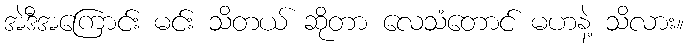
အဲဒီအကြောင်း မင်း သိတယ် ဆိုတာ လေသံတောင် မဟနဲ့ သိလား။